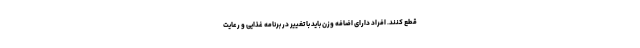
قطع کنند. افراد دارای اضافه وزن باید با تغییر در برنامه غذایی و رعایت